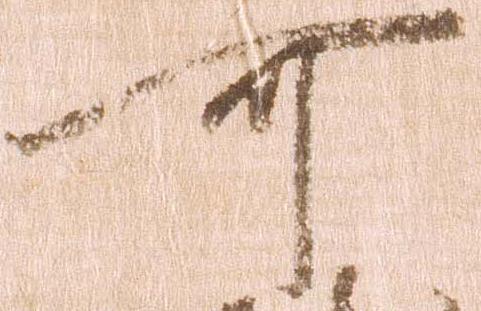
可